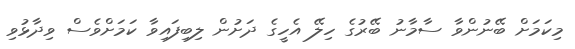
މިކަމަށް ބޭނުންވާ ސާމާނު ބޭރުގެ ހިލޭ އެހީގެ ދަށުން ލިބިފައިވާ ކަމަށްވެސް ވިދާޅުވި